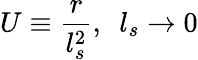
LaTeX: U\equiv\frac{r}{l_{s}^{2}},\ \ l_{s}\rightarrow 0